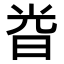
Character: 𣆤